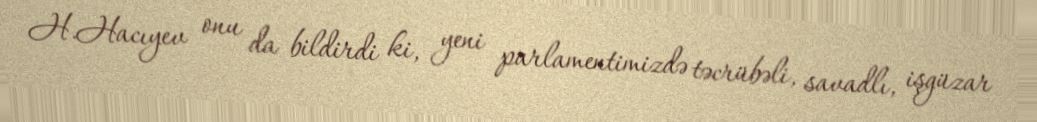
H.Hacıyev onu da bildirdi ki, yeni parlamentimizdə təcrübəli, savadlı, işgüzar